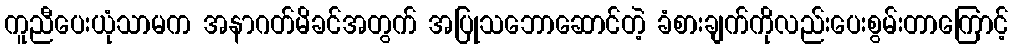
ကူညီပေးယုံသာမက အနာဂတ်မိခင်အတွက် အပြုသဘောဆောင်တဲ့ ခံစားချက်ကိုလည်းပေးစွမ်းတာကြောင့်